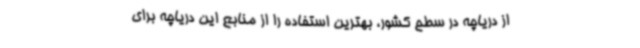
از دریاچه در سطح کشور، بهترین استفاده را از منابع این دریاچه برای